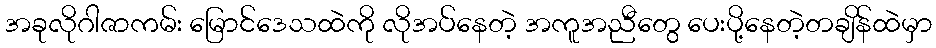
အခုလိုဂါဇာကမ်း မြောင်ဒေသထဲကို လိုအပ်နေတဲ့ အကူအညီတွေ ပေးပို့နေတဲ့တချိန်ထဲမှာ